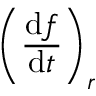
\left( { \frac { \mathrm { d } { \boldsymbol { f } } } { \mathrm { d } t } } \right) _ { r }